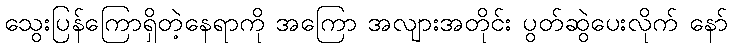
သွေးပြန်ကြောရှိတဲ့နေရာကို အကြော အလျားအတိုင်း ပွတ်ဆွဲပေးလိုက် နော်